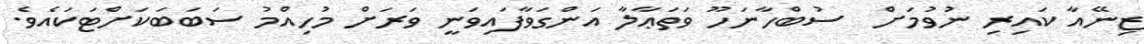
ޒިނޭއާ ކައިރި ނުވުމަށް  ސުބްހާނަހޫ ވަތަޢާލާ އަންގަވާފައިވަނީ ވަރަށް މުހިއްމު ސަބަބަކަށްޓަކައެވެ.